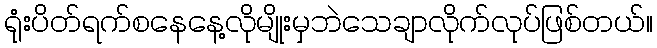
ရုံးပိတ်ရက်စနေနေ့လိုမျိုးမှဘဲသေချာလိုက်လုပ်ဖြစ်တယ်။